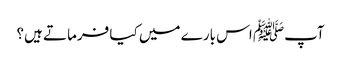
آپﷺ اس بارے میں کیا فرماتے ہیں؟